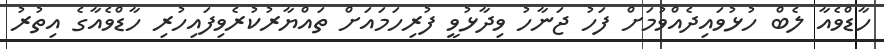
ހާޑްވެއާ ލެބް ހުޅުވައިދެއްވުމަށް ފަހު ޖަނާހު ވިދާޅުވީ ފުރިހަމައަށް ތައްޔާރުކުރެވިފައިހުރި ހާޑްވެއާގެ އިތުރު